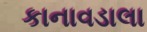
કાનાવડાલા